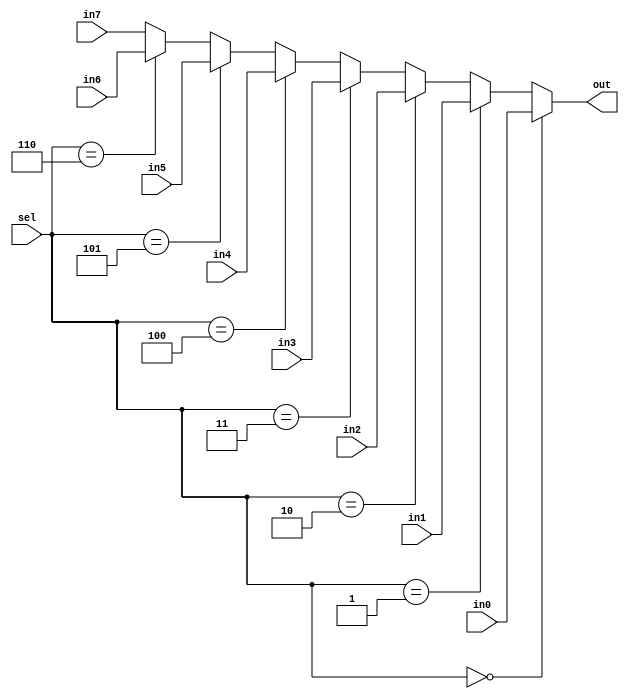
`timescale 1ns / 1ps
//////////////////////////////////////////////////////////////////////////////////
// Company: 
// Engineer: 
// 
// Design Name: 
// Module Name:    mux8to1 
// Project Name: 
// Target Devices: 
// Tool versions: 
// Description: 
//
// Dependencies: 
//
// Revision: 
// Revision 0.01 - File Created
// Additional Comments: 
//
//////////////////////////////////////////////////////////////////////////////////
module mux8to1(in0, in1, in2, in3, in4, in5, in6, in7, sel, out);
    input [15:0] in0;
    input [15:0] in1;
    input [15:0] in2;
    input [15:0] in3;
    input [15:0] in4;
    input [15:0] in5;
    input [15:0] in6;
    input [15:0] in7;
    input [2:0] sel;
    output [15:0] out;

assign out = (sel == 0) ? in0 :(sel == 1) ? in1 :(sel == 2) ? in2 :(sel == 3) ? in3 :(sel == 4) ? in4 :(sel == 5) ? in5 :(sel == 6) ? in6 :in7;

endmodule